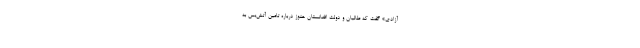
آزادی» گفت که طالبان و دولت افغانستان هنوز درباره تامین آتش‌بس به